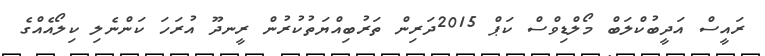
ރައީސް އަދީބުކްލަބް މޯލްޑިވްސް ކަޕް 2015ދަރިން ތަރުބިއްޔަތުކުރުން ރީނދޫ އުރަހަ ކަންނެލި ކިލޯއެއްގެ